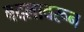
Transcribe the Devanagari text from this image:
बदलावरून